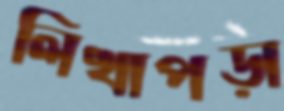
লিখাপড়া